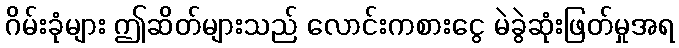
ဂိမ်းခုံများ ဤဆိတ်များသည် လောင်းကစားငွေ မဲခွဲဆုံးဖြတ်မှုအရ